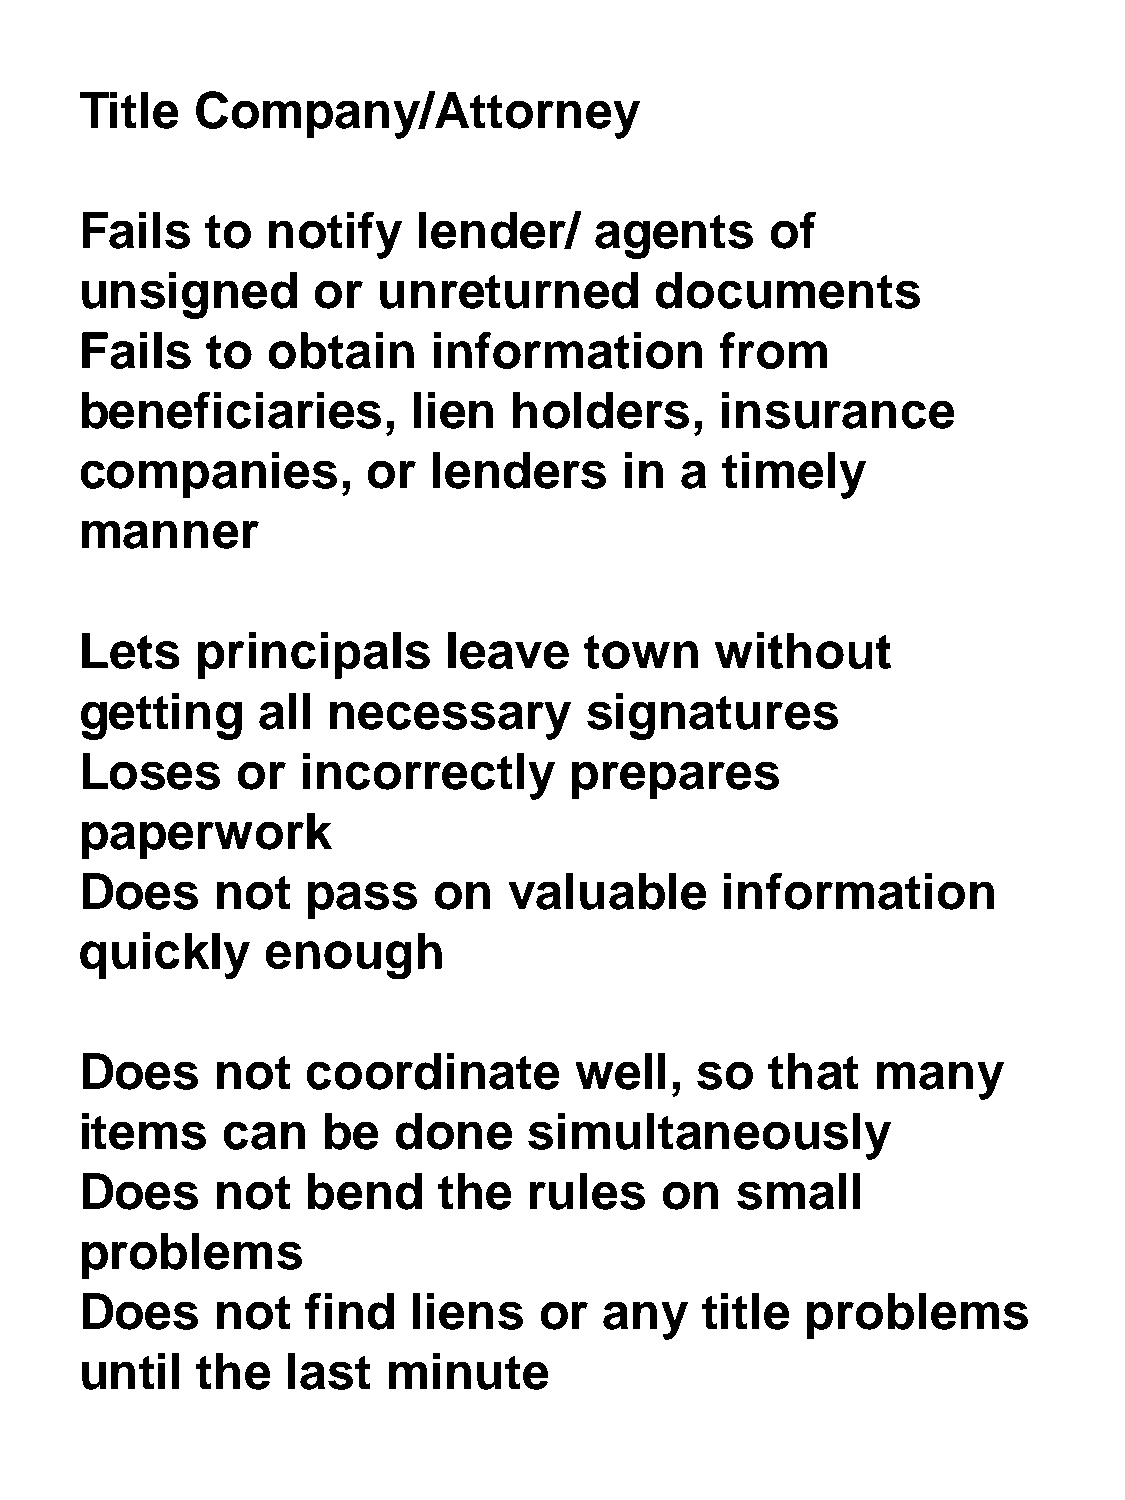
Title   Company/Attorney
 Fails    to  notify    lender/    agents      of
 unsigned        or  unreturned        documents
 Fails    to  obtain    information         from
 beneficiaries,        lien   holders,      insurance
 companies,         or   lenders     in  a  timely
 manner
 Lets    principals      leave     town    without
 getting     all  necessary        signatures
 Loses      or  incorrectly       prepares
 paperwork
 Does     not   pass     on   valuable      information
 quickly      enough
 Does     not   coordinate        well,   so   that   many
 items     can   be   done     simultaneously
 Does     not   bend     the   rules    on   small
 problems
 Does     not   find   liens    or  any    title problems
 until   the   last   minute